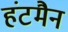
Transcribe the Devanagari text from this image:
हंटमैन